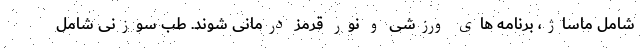
شامل ماساژ، برنامه های ورزشی و نور قرمز درمانی شوند. طب سوزنی شامل